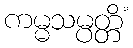
ကမ္မသမ္ပတ္တိံ